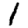
Digit: 1